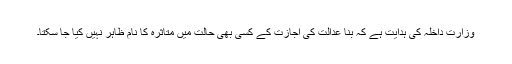
وزارت داخلہ کی ہدایت ہے کہ بنا عدالت کی اجازت کے کسی بھی حالت میں متاثرہ کا نام ظاہر نہیں کیا جا سکتا۔